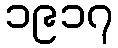
၁၉၁၇